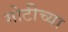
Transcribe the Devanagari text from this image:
गोटीच्या